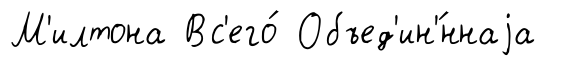
М'илтона Вс'его́ Объед'ин'́ннаjа